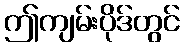
ဤကျမ်းပိုဒ်တွင်